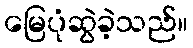
မြေပုံဆွဲခဲ့သည်။